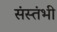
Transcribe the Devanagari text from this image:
संस्तंभी